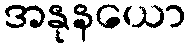
အနုနယော